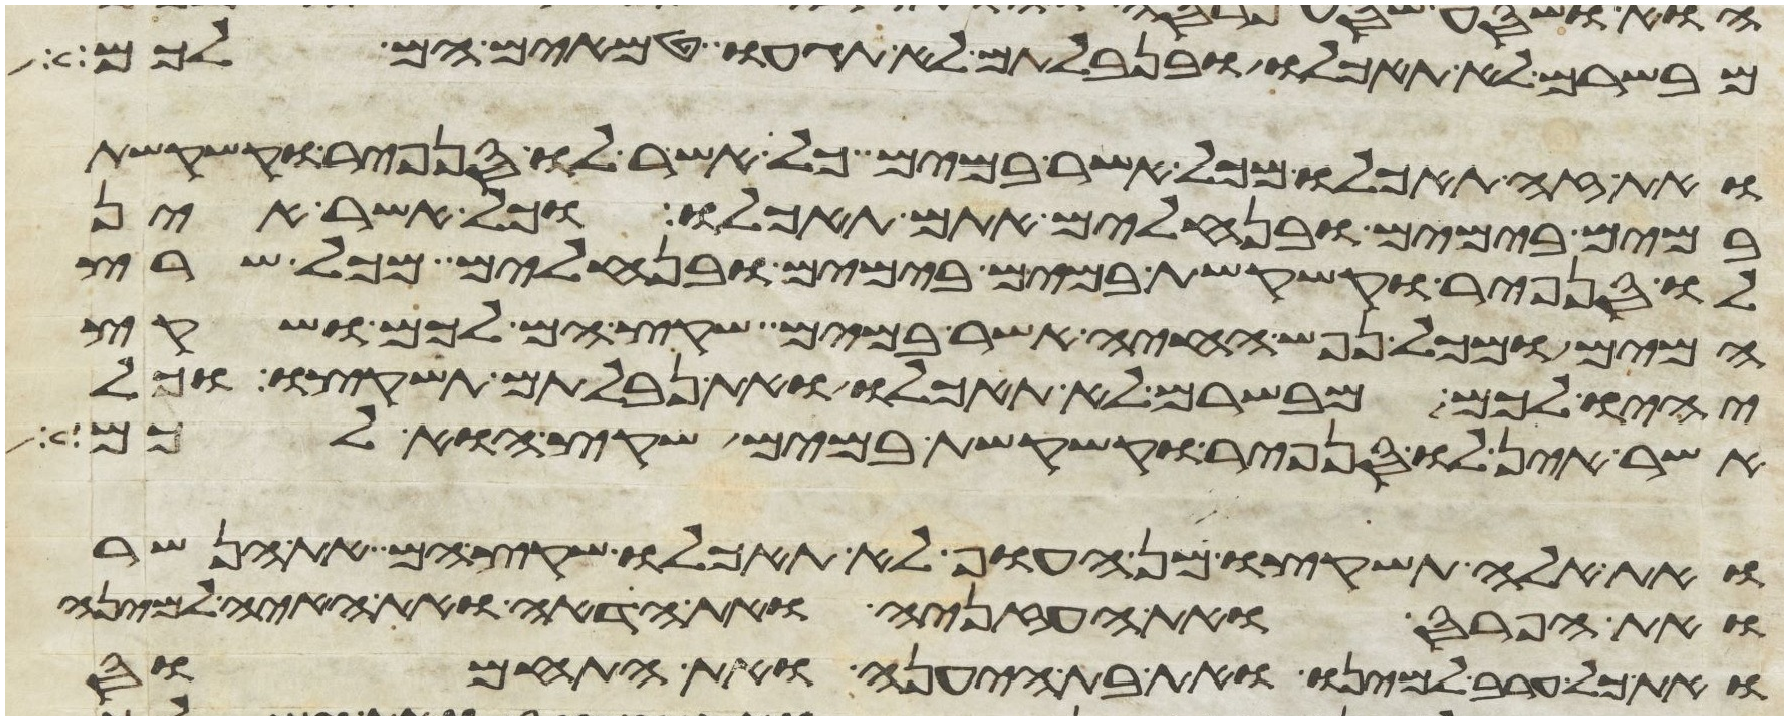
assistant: מבשרם לא תאכלו ובנבלתם לא תגעו טמאים הם לכם
ואת זה תאכלו מכל אשר במים כל אשר לו סנפיר וקשקשת
במים בימים ובנחלים אתם תאכלו וכל אשר אין
לו סנפיר וקשקשת במים בימים ובנחלים מכל שרץ
המים ומכל נפש החיה אשר במים שקץ הם לכם ושקץ
יהיו לכם מבשרם לא תאכלו ואת נבלתם תשקצו וכל
אשר אין לו סנפיר וקשקשת במים שקץ הוא לכם
ואת אלה תשקצו מן העוף לא תאכלו שקץ הם את הנשר
ואת הפרס ואת העזניה ואת הדאה ואת האיה למינה
ואת כל ערב למינו ואת בת היענה ואת התחמוס